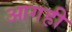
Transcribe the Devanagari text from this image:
आगही